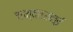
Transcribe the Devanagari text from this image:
चन्दबरदाई